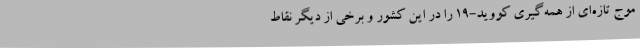
موج تازه‌ای از همه‌گیری کووید-۱۹ را در این کشور و برخی از دیگر نقاط